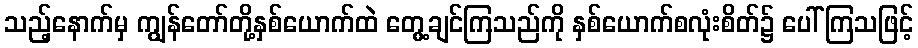
သည့်နောက်မှ ကျွန်တော်တို့နှစ်ယောက်ထဲ တွေ့ချင်ကြသည်ကို နှစ်ယောက်စလုံးစိတ်၌ ပေါ်ကြသဖြင့်